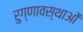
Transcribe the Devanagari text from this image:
रुग्णावस्थाओं